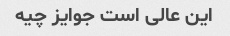
این عالی است جوایز چیه